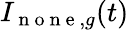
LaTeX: I_{\mathrm{~n~o~n~e~},g}(t)